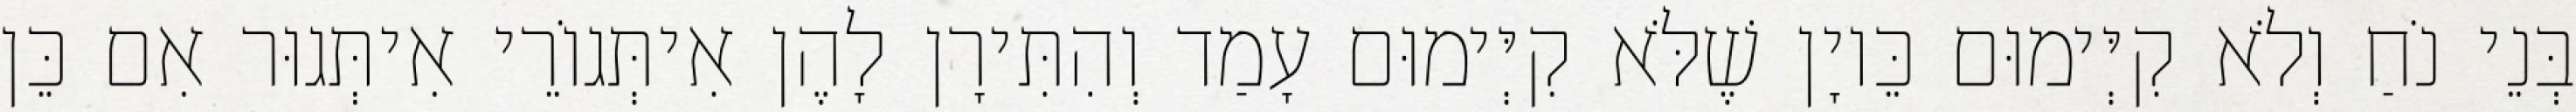
בְּנֵי נֹחַ וְלֹא קִיְּימוּם כֵּיוָן שֶׁלֹּא קִיְּימוּם עָמַד וְהִתִּירָן לָהֶן אִיתְּגוֹרֵי אִיתְּגוּר אִם כֵּן